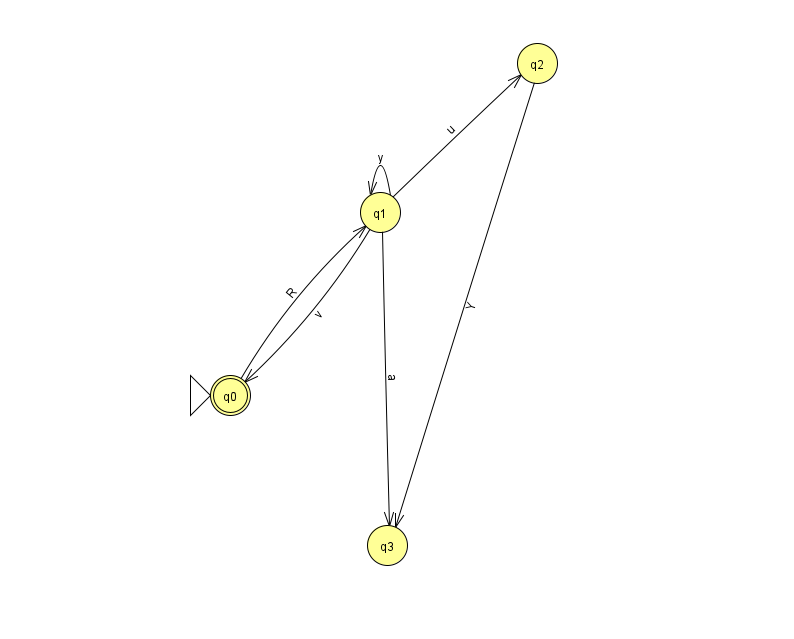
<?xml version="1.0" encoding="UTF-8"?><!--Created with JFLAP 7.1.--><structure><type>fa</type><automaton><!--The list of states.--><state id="0" name="q0"><x>230.0</x><y>382.0</y><initial/><final/></state><state id="1" name="q1"><x>380.0</x><y>199.0</y></state><state id="2" name="q2"><x>537.0</x><y>50.0</y></state><state id="3" name="q3"><x>387.0</x><y>532.0</y></state><!--The list of transitions.--><transition><from>1</from><to>0</to><read>v</read></transition><transition><from>1</from><to>1</to><read>y</read></transition><transition><from>1</from><to>2</to><read>u</read></transition><transition><from>2</from><to>3</to><read>Y</read></transition><transition><from>0</from><to>1</to><read>R</read></transition><transition><from>1</from><to>3</to><read>a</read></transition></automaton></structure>